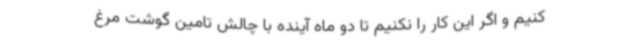
کنیم و اگر این کار را نکنیم تا دو ماه آینده با چالش تامین گوشت مرغ